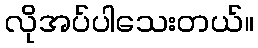
လိုအပ်ပါသေးတယ်။